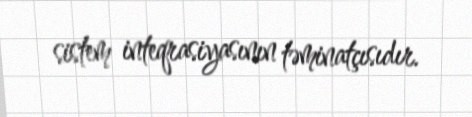
sistem inteqrasiyasının təminatçısıdır.